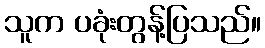
သူက ပခုံးတွန့်ပြသည်။